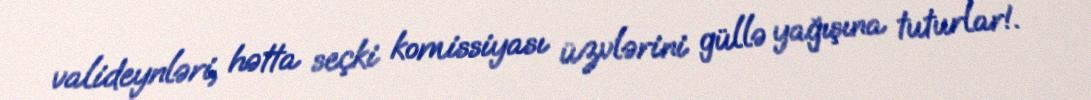
valideynləri, hətta seçki komissiyası üzvlərini güllə yağışına tuturlar!.